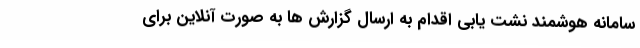
سامانه هوشمند نشت یابی اقدام به ارسال گزارش ها به صورت آنلاین برای